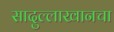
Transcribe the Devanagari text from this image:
सादुल्लाखानचा